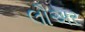
લૌઅર